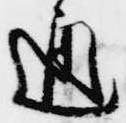
通